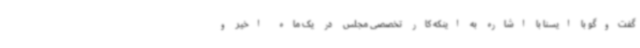
گفت‌وگو با ایسنا با اشاره به اینکه کار تخصصی مجلس در یک ماه اخیر و